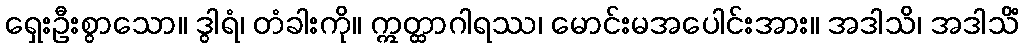
ရှေးဦးစွာသော။ ဒွါရံ၊ တံခါးကို။ ဣတ္ထာဂါရဿ၊ မောင်းမအပေါင်းအား။ အဒါသိ၊ အဒါသိံ